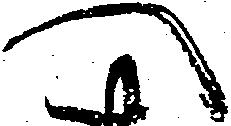
へ